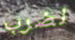
لضرب